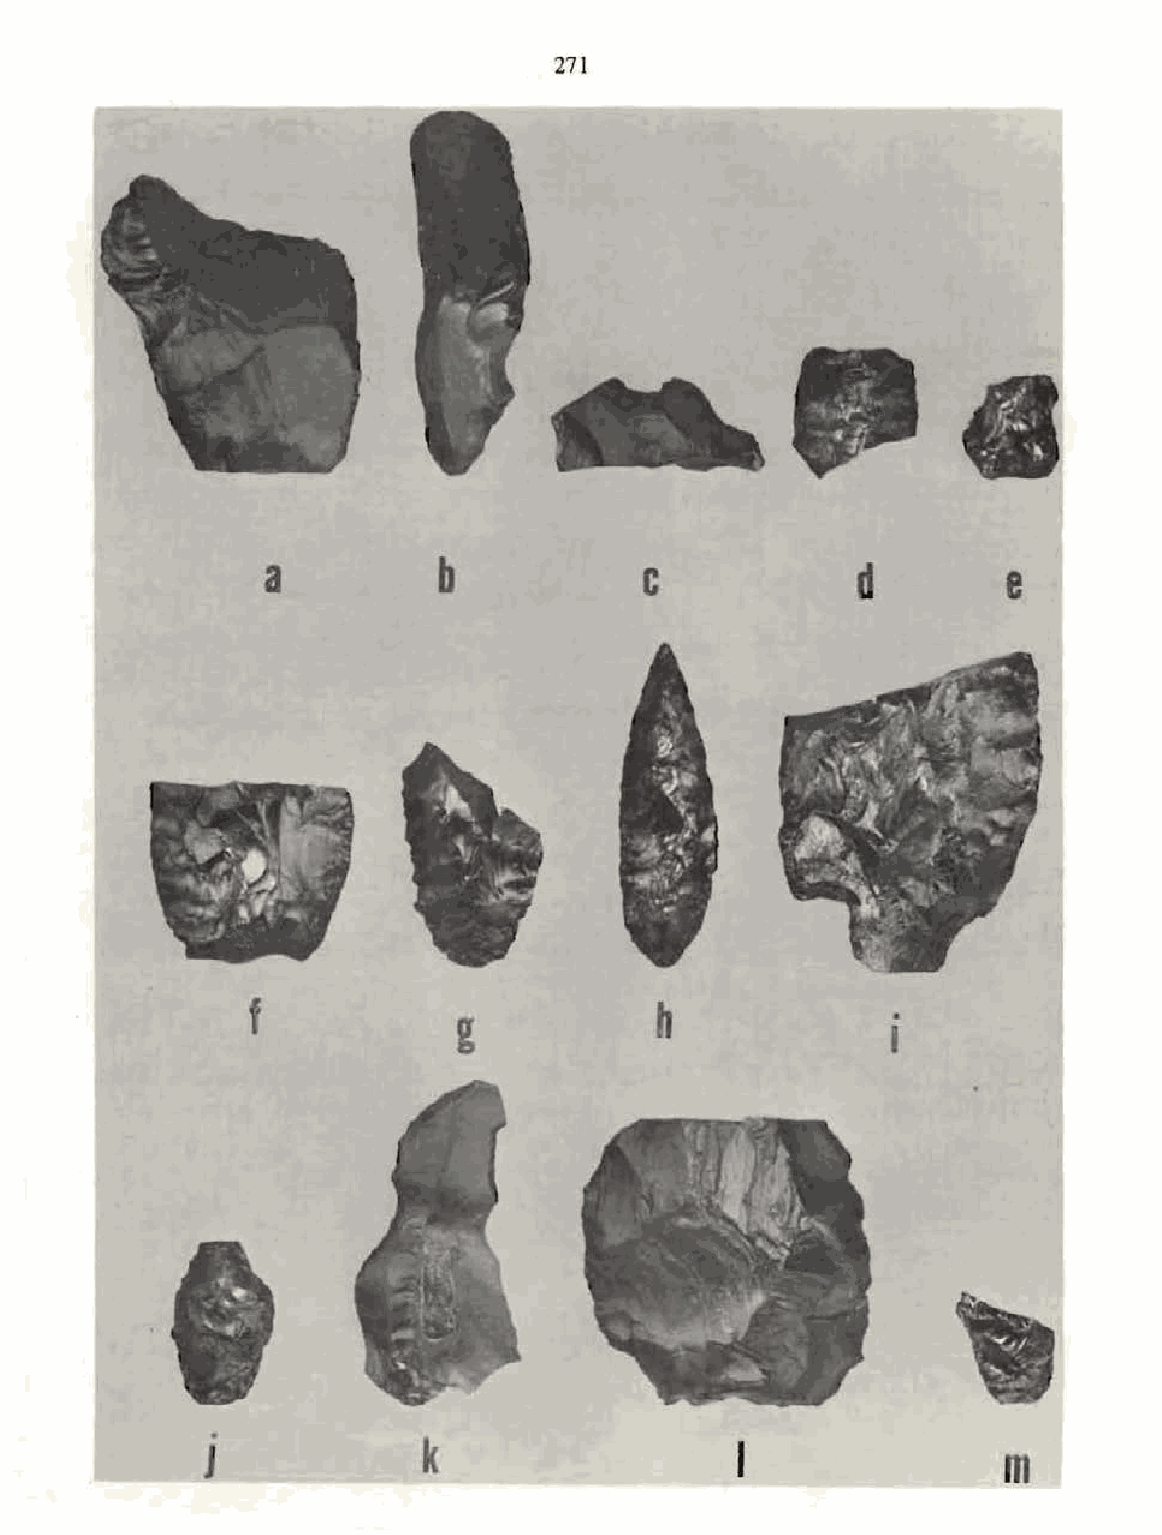
271
 a           b            c             d         e
 ...
 ' .,~./..,..
 t:. .... " --'~
 ,
 ....
 ~: ·'·~- ~--
 ..
 - ..: .- .J .t .' .~ .. · .- ·.
 .,,_, • t
 ·
 • J ":\ f ..
 f                          h
 g                            •
 I
 '}
 ~~~~
 . -:l• '. . .
 .-•_• • ' ·. i
 '0   .
 0:, ... \ .. ~
 .
 J              k                   I
 ~